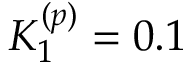
K _ { 1 } ^ { ( p ) } = 0 . 1